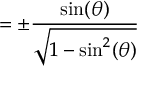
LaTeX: = \pm { \frac { \sin ( \theta ) } { \sqrt { 1 - \sin ^ { 2 } ( \theta ) } } }